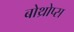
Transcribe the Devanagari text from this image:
बोथ्रोप्स